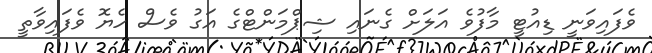
ވެފައިވަނީ ޑިއުޓީ މާފުވެ އަލަށް ގެނައި ޝިޕްމަންޓްގެ އަގު ވެސް ހެޔޮ ވެފައިވާތީ